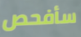
سأفحص